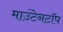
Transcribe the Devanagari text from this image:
माउंटेनटॉप